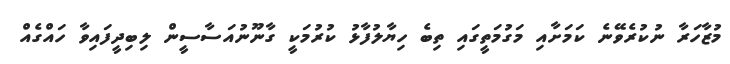
މުޒާހަރާ ނުކުރެވޭނެ ކަމަށާއި މަގުމަތީގައި ތިބެ ހިޔާލުފާޅު ކުރުމަކީ ގާނޫނުއަސާސީން ލިބިދީފައިވާ ހައްގެއް